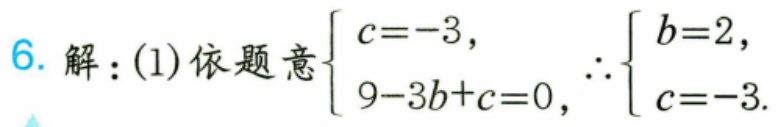
6. 解：(1) 依题意\(\begin{cases}c = - 3,\\9 - 3b + c = 0,\end{cases}\) \(\therefore\begin{cases}b = 2,\\c = - 3.\end{cases}\)